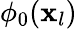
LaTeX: \phi_{0}(\mathbf{x}_{l})